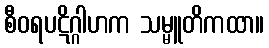
စီဝရပဋိဂ္ဂါဟက သမ္မူတိကထာ။